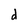
Character: d